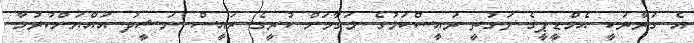
އެ ގަރާރަކީ އެމްޑީޕީގެ ވަގުތީ ރައީސްކަމުގެ މަގާމަށް ކުރީގެ ރައީސް ނަޝީދު އައްޔަންކުރުމާ